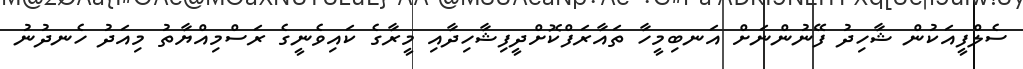
ސެލްފީއަކުން ޝާހިދު ފޭނުންނަށް އަނބިމީހާ ތައާރަފްކޮށްދީފިޝާހިދާއި މީރާގެ ކައިވެނީގެ ރަސްމިއްޔާތު މިއަދު ހެނދުނު